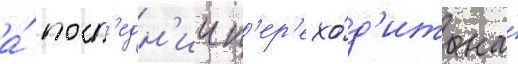
а́ посл'едн'ии п'ер'ехо́д'ит на́